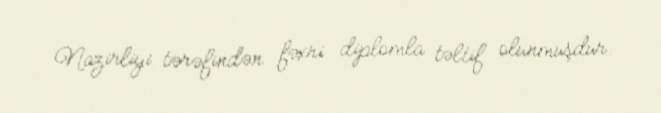
Nazirliyi tərəfindən fəxri diplomla təltif olunmuşdur.